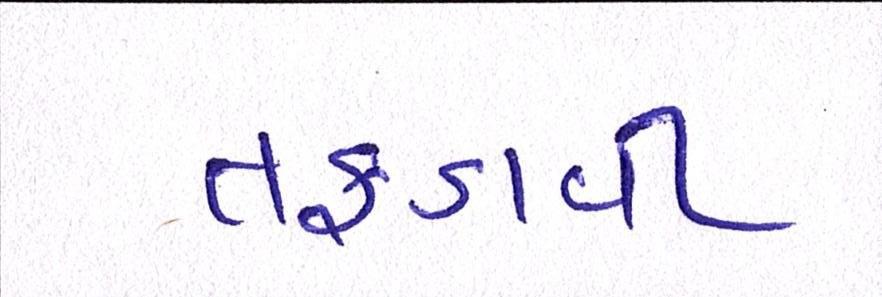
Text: તફડાવી